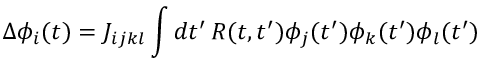
\Delta \phi _ { i } ( t ) = J _ { i j k l } \int d t ^ { \prime } \, R ( t , t ^ { \prime } ) \phi _ { j } ( t ^ { \prime } ) \phi _ { k } ( t ^ { \prime } ) \phi _ { l } ( t ^ { \prime } )